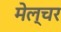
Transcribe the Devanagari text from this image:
मेल्चर